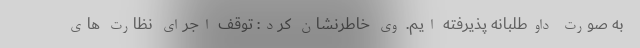
به صورت داوطلبانه پذیرفته ایم. وی خاطرنشان کرد: توقف اجرای نظارت های